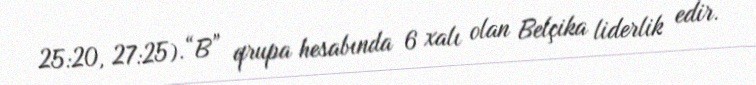
25:20, 27:25).“B” qrupa hesabında 6 xalı olan Belçika liderlik edir.